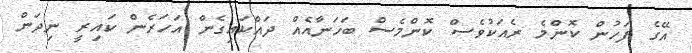
އޭގެ ފަހުން ކޮންމެ ރެއަކުވެސް ކޮންމެސް ބަހަނާއެއް ދައްކައިގެން އަހަރެން ކައިރީ ނިދަން